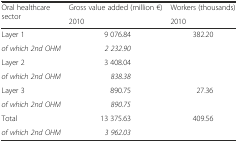
| <ROWSPAN=2> Oral healthcare sector | Gross value added (million €) | Workers (thousands) |
 | 2010 | 2010 |
 | --- | --- | --- |
 | Layer 1 | 9 076.84 | <ROWSPAN=4> 382.20 |
 | of which 2nd OHM | 2 232.90 |
 | Layer 2 | 3 408.04 |
 | of which 2nd OHM | 838.38 |
 | Layer 3 | 890.75 | <ROWSPAN=2> 27.36 |
 | of which 2nd OHM | 890.75 |
 | Total | 13 375.63 | <ROWSPAN=2> 409.56 |
 | of which 2nd OHM | 3 962.03 |